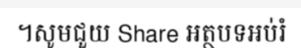
។សូមជួយ Share អត្ថបទអប់រំ